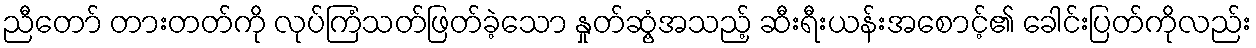
ညီတော် တားတတ်ကို လုပ်ကြံသတ်ဖြတ်ခဲ့သော နှုတ်ဆွံ့အသည့် ဆီးရီးယန်းအစောင့်၏ ခေါင်းပြတ်ကိုလည်း